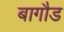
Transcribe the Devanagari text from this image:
बागौड